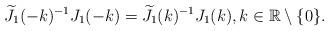
LaTeX: \begin{align*}\widetilde{J}_1(-k)^{-1}J_1(-k)=\widetilde{J}_1(k)^{-1}J_1(k),k\in\mathbb{R}\setminus\{0\}.\end{align*}